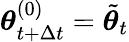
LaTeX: {\boldsymbol{\theta}}_{t+\Delta t}^{(0)}=\tilde{{\boldsymbol{\theta}}}_{t}